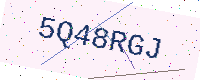
Text: 5Q48RGJ